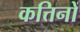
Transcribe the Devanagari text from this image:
कत्तिनों